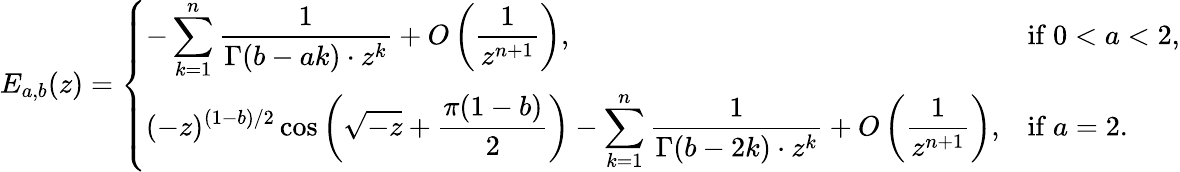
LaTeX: E_{a,b}(z)=\left\{ \begin{array}{ll}{\displaystyle{-\sum_{k=1}^{n}\frac{1}{\Gamma(b-ak)\cdot z^{k}}+O\left(\frac{1}{z^{n+1}}\right),}}&{\mathrm{if~}0<a<2,}\\ {\displaystyle{(-z)^{(1-b)/2}\cos\left(\sqrt{-z}+\frac{\pi(1-b)}{2}\right)-\sum_{k=1}^{n}\frac{1}{\Gamma(b-2k)\cdot z^{k}}+O\left(\frac{1}{z^{n+1}}\right)},}&{\mathrm{if~}a=2.}\end{array}\right.